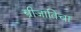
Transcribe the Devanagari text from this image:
स्त्रीजातिचा